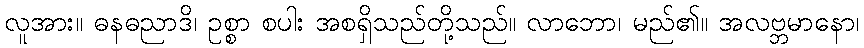
လူအား။ ဓနဓညာဒိ၊ ဥစ္စာ စပါး အစရှိသည်တို့သည်။ လာဘော၊ မည်၏။ အလဗ္ဘမာနော၊